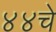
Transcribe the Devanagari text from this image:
४४चे